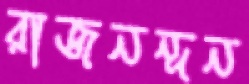
রাজনন্দন